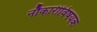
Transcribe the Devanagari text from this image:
नौकारीविषयक